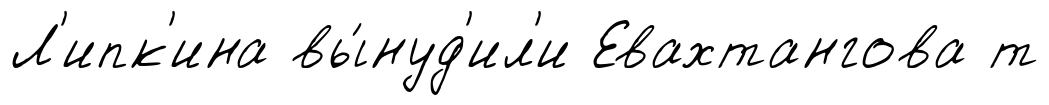
Л'ипк'ина вы́нуд'ил'и Евахтангова т